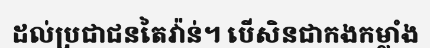
ដល់ប្រជាជនតៃវ៉ាន់។ បើសិនជាកងកម្លាំង